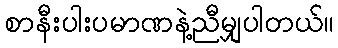
စာနီးပါးပမာဏနဲ့ညီမျှပါတယ်။